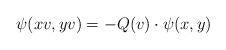
LaTeX: \begin{align*}\psi( x v, y v ) = -Q(v) \cdot \psi ( x , y)\end{align*}